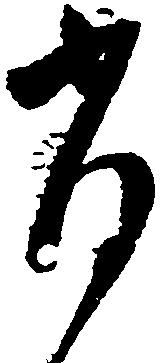
背